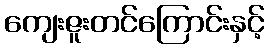
ကျေးဇူးတင်ကြောင်းနှင့်